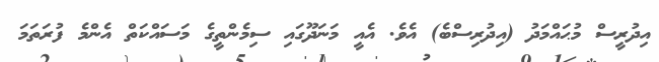
އިދުރީސް މުޙައްމަދު (އިދުރިސްބެ) އެވެ. އެއީ މަނަދޫގައި ސިމެންތީގެ މަސައްކަތް އެންމެ ފުރަތަމަ